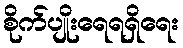
စိုက်ပျိုးရေရရှိရေး